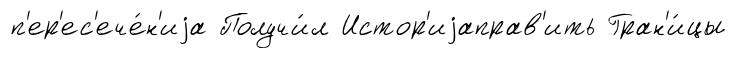
п'ер'ес'ече́н'иjа Получи́л Истор'иjаправ'ить Гран'и́цы